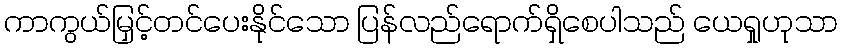
ကာကွယ်မြှင့်တင်ပေးနိုင်သော ပြန်လည်ရောက်ရှိစေပါသည် ယေရှုဟုသာ